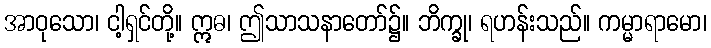
အာဝုသော၊ ငါ့ရှင်တို့။ ဣဓ၊ ဤသာသနာတော်၌။ ဘိက္ခု၊ ရဟန်းသည်။ ကမ္မာရာမော၊